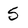
Character: 5